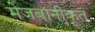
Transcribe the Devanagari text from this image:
मेजबानीकृत